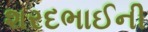
શરદભાઈની